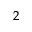
^ 2